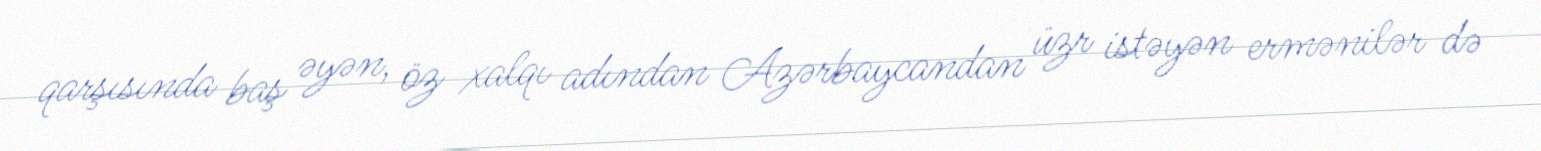
qarşısında baş əyən, öz xalqı adından Azərbaycandan üzr istəyən ermənilər də